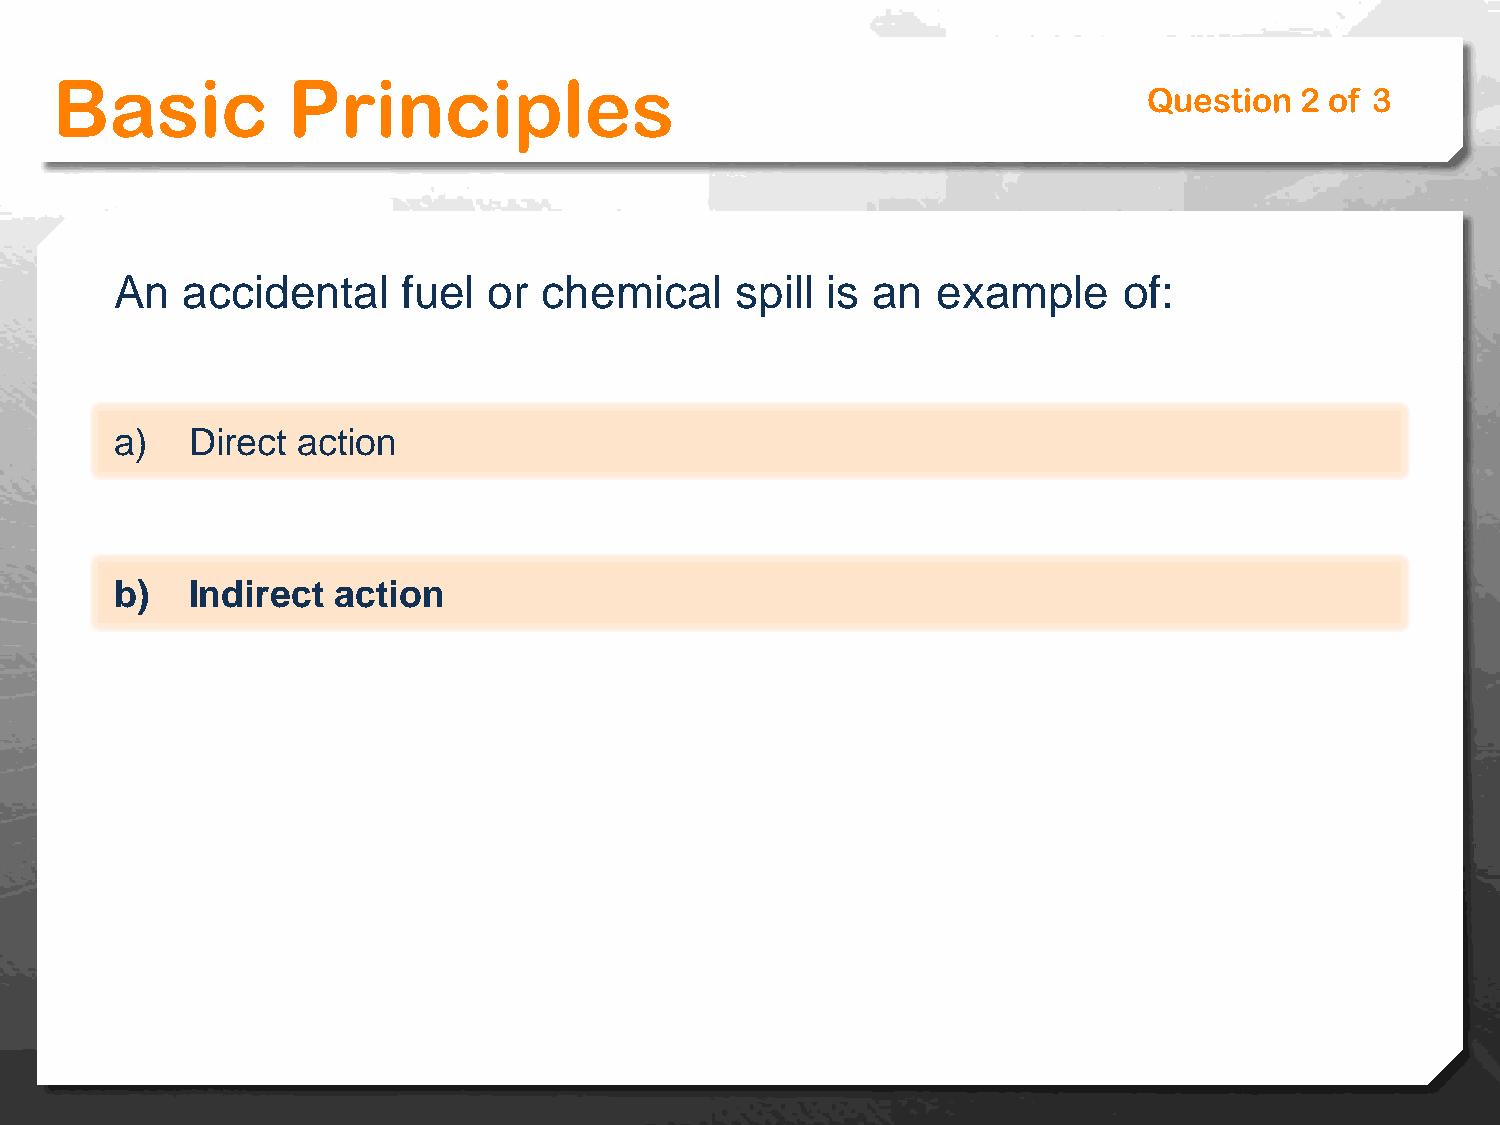
Basic           Principles
 Question  2 of 3
 An  accidental     fuel or  chemical     spill is an  example     of:
 a)  Direct  action
 b)  Indirect  action